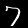
Label: 7